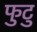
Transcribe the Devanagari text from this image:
फुटु